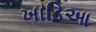
ખાડિઆ